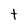
Character: t